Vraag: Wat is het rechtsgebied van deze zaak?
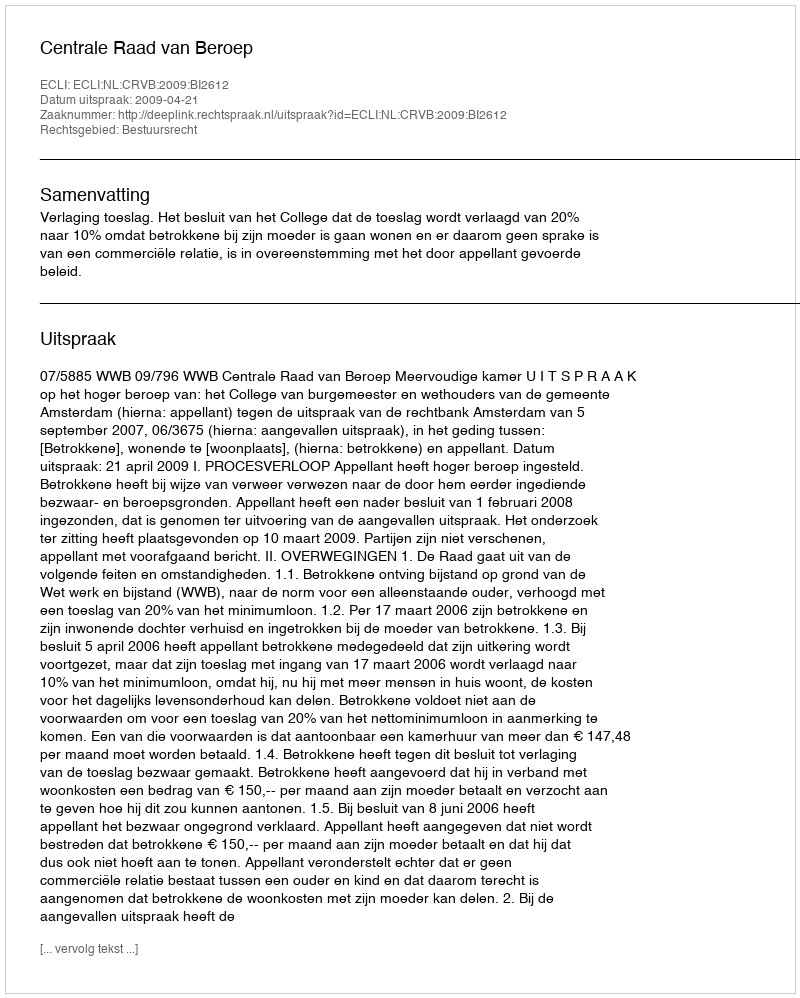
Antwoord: Bestuursrecht